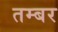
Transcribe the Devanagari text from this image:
तम्बर